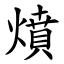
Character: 燌